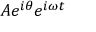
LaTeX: A e ^ { i \theta } e ^ { i \omega t }